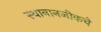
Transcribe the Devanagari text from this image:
स्थानानजीकचे